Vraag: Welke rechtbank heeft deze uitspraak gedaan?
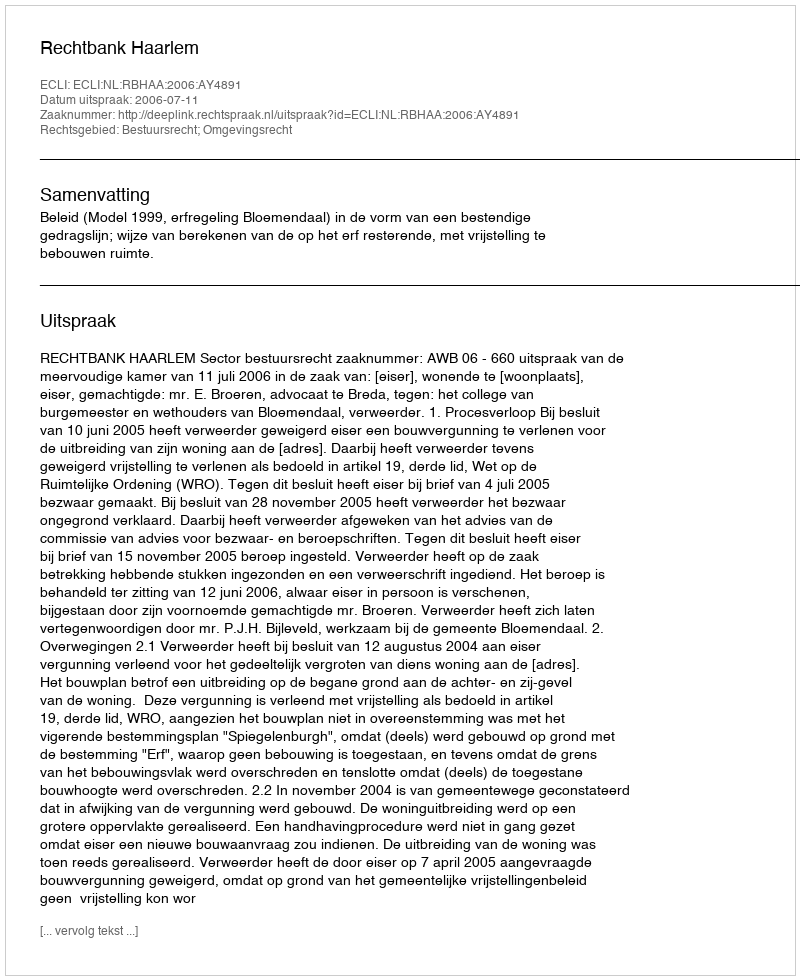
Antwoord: Rechtbank Haarlem